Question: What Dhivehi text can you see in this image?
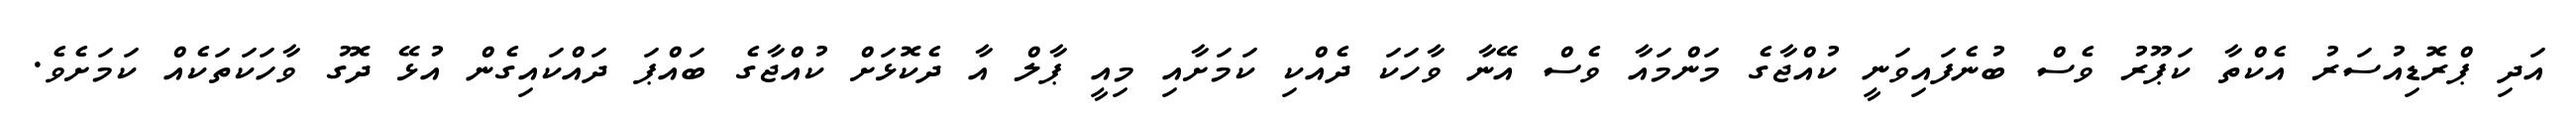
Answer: އަދި ޕްރޮޑިއުސަރު އެކްތާ ކަޕޫރު ވެސް ބުނެފައިވަނީ ކުއްޖާގެ މަންމައާ ވެސް އޭނާ ވާހަކަ ދެއްކި ކަމަށާއި މިއީ ޕާލް އާ ދެކޮޅަށް ކުއްޖާގެ ބައްޕަ ދައްކައިގެން އުޅޭ ދޮގު ވާހަކަތަކެއް ކަމަށެވެ.